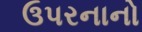
ઉપરનાનો